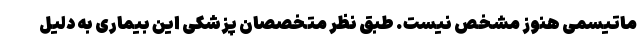
ماتیسمی هنوز مشخص نیست. طبق نظر متخصصان پزشکی این بیماری به دلیل